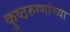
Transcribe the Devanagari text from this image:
कुष्ठरुग्णांच्या